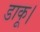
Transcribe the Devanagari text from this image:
डाकू।